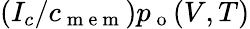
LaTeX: (I_{c}/c_{\mathrm{~m~e~m~}})p_{\mathrm{~o~}}(V,T)